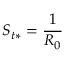
S _ { t * } = \frac { 1 } { R _ { 0 } }